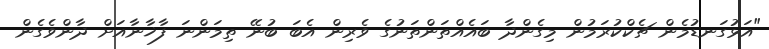
"އަޅުގަނޑުމެން ޗެކްކުރަމުން މިގެންދާ ބައެއްތަންތަނުގެ ވެރިން އެބަ ބުނޭ ތިމަންނަ ފާޚާނާއަށް ދާންވެގެން